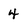
Character: 4